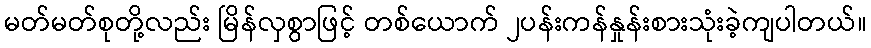
မတ်မတ်စုတို့လည်း မြိန်လှစွာဖြင့် တစ်ယောက် ၂ပန်းကန်နှုန်းစားသုံးခဲ့ကျပါတယ်။